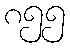
၈၅၅